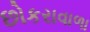
છોકરાવાળા